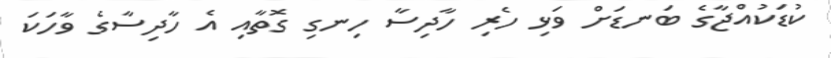
ކުޑަކުއްޖާގެ ބަނޑަށް ވަޅި ހެރި ހާދިސާ ހިނގި ގޮތާއި އެ ހާދިސާގެ ވާހަކަ